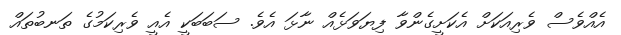
އެއްވެސް ވެރިއަކަށް އެކަށީގެންވާ ފިޔަވަޅެއް ނާޅަ އެވެ. ސަބަބަކީ އެއީ ވެރިކަމުގެ ތަނބުތައް